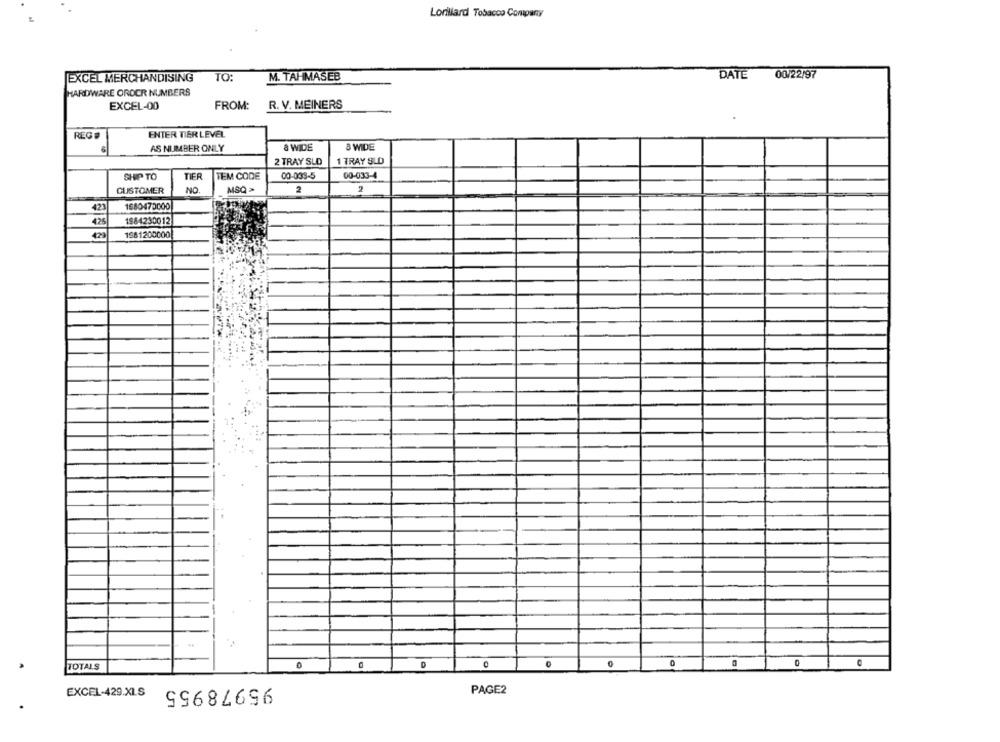
Lorillard Tobacco Company
EXCEL MERCHANDISING
TO:
M. TAHMASEB
DATE
00/22/97
HARDWARE OROCR NUMBERS
EXCEL-00
FROM:
R. V. MEINERS
REG #
ENTER TIER LEVEL
6
AS NUMBER ONLY
& WIDE
& WIDE
2 TRAY SLD
1 TRAY SLD
SHIP TO
TIER
TEM CODE
00-033-5
00-033-4
CUSTOMER
NO
MSQ >
2
2
1880470000
423
4.25
1984230012
429
1981200000
TOTALS
0
95978955
EXCEL-429.XLS
PAGE2